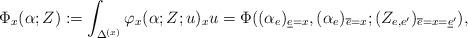
LaTeX: \begin{align*}\Phi_x(\alpha;Z) := \int_{\Delta^{(x)}} \varphi_x (\alpha;Z;u)_x u=\Phi((\alpha_{e})_{\underline{e}=x}, (\alpha_e)_{\overline{e}=x};(Z_{e,e'})_{\overline{e}=x=\underline{e}'}) ,\end{align*}